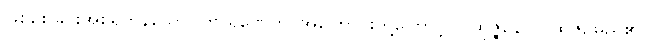
ဖြစ်စေခြင်းအစရှိကုန်သော။ ကာရဏေဟိ၊ အကြောင်းတို့ကြောင့်။ ပုထုဇ္ဇနော၊ ပုထုဇဉ်မည်၏။